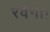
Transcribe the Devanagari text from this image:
रवेना।